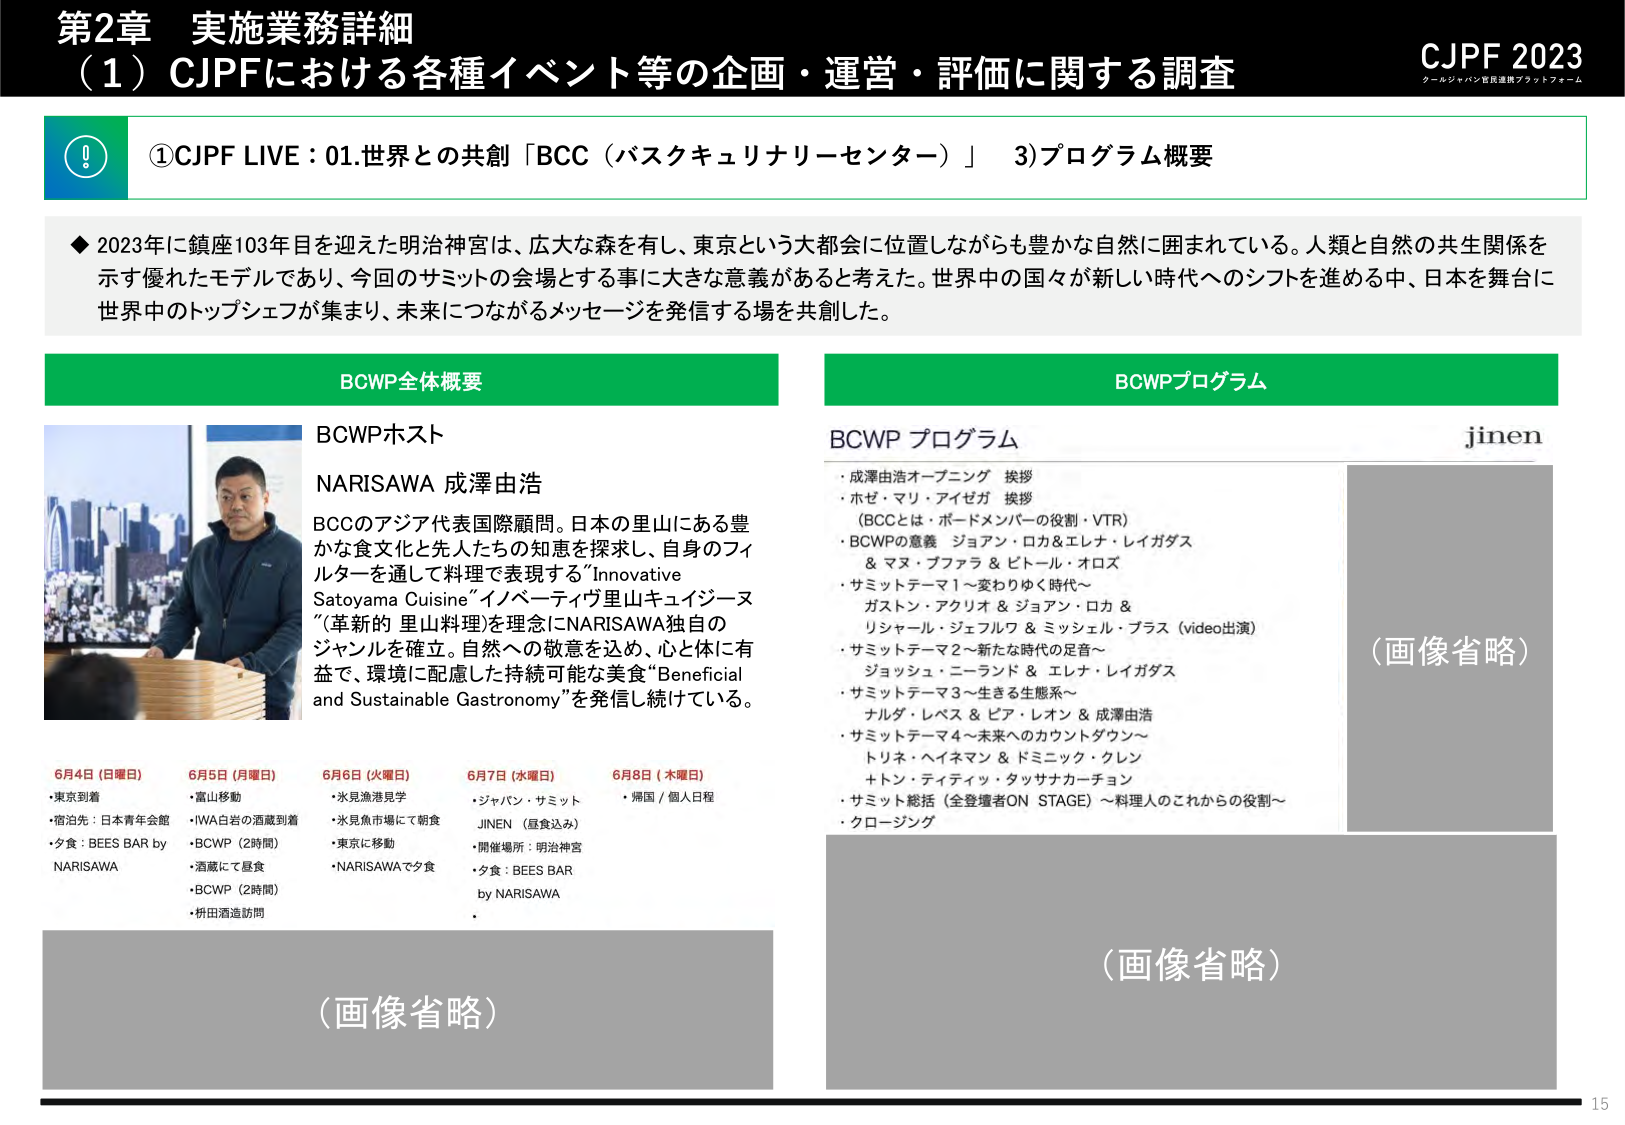
第2章 実施業務詳細
（1）CJPFにおける各種イベント等の企画・運営・評価に関する調査
CJPF 2023
クールジャパン官民連携プラットフォーム

①CJPF LIVE：01.世界との共創「BCC（バスクキュリナリーセンター）」 3)プログラム概要

◆2023年に鎮座103年目を迎えた明治神宮は、広大な森を有し、東京という大都会に位置しながらも豊かな自然に囲まれている。人類と自然の共生関係を示す優れたモデルであり、今回のサミットの会場とする事に大きな意義があると考えた。世界中の国々が新しい時代へのシフトを進める中、日本を舞台に世界中のトップシェフが集まり、未来につながるメッセージを発信する場を共創した。

BCWP全体概要
BCWPホスト
NARISAWA 成澤由浩
BCCのアジア代表国際顧問。日本の里山にある豊かな食文化と先人たちの知恵を探求し、自身のフィルターを通して料理で表現する“Innovative Satoyama Cuisine”イノベーティヴ里山キュイジーヌ（革新的 里山料理）を理念にNARISAWA独自のジャンルを確立。自然への敬意を込め、心と体に有益で、環境に配慮した持続可能な美食“Beneficial and Sustainable Gastronomy”を発信し続けている。

6月4日（日曜日）
・東京到着
・宿泊先：日本青年会館
・夕食：BEES BAR by NARISAWA

6月5日（月曜日）
・富山移動
・IWA白岩の酒蔵到着
・BCWP（2時間）
・酒蔵にて昼食
・BCWP（2時間）
・枡田酒造訪問

6月6日（火曜日）
・氷見漁港見学
・氷見魚市場にて朝食
・東京に移動
・NARISAWAで夕食

6月7日（水曜日）
・ジャパン・サミット
JINEN（昼食込み）
・開催場所：明治神宮
・夕食：BEES BAR by NARISAWA

6月8日（木曜日）
・帰国 / 個人日程

BCWPプログラム
BCWP プログラム
・成澤由浩オープニング 挨拶
・ホゼ・マリ・アイゼガ 挨拶
（BCCとは・ボードメンバーの役割・VTR）
・BCWPの意義 ジョアン・ロカ＆エレナ・レイガダス & マヌ・ブファラ & ピトール・オロズ
・サミットテーマ1～変わりゆく時代～
ガストン・アクリオ & ジョアン・ロカ & リシャール・ジェルフワ & ミッシェル・プラス（video出演）
・サミットテーマ2～新たな時代の足音～
ジョッシュ・ニーランド & エレナ・レイガダス
・サミットテーマ3～生きる生態系～
ナルダ・レベス & ピア・レオン & 成澤由浩
・サミットテーマ4～未来へのカウントダウン～
トリネ・ヘイネマン & ドミニック・クレン +トン・ティティッ・タッサナカーチョン
・サミット総括（全登壇者ON STAGE）～料理人のこれからの役割～
・クロージング

jinen
（画像省略）
（画像省略）
（画像省略）

15